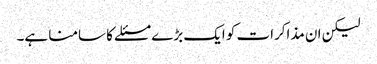
لیکن ان مذاکرات کو ایک بڑے مسئلے کا سامنا ہے۔